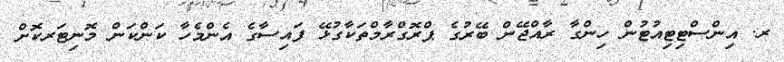
ރ. އިންސްޓިޓިއުޓުން ހިންގާ ރާއްޖޭން ބޭރުގެ ޕްރޮގްރާމްތަކާގުޅޭ ފައިސާގެ އެންމެހާ ކަންކަން މޮނިޓަރކޮށް